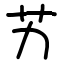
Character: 艻